Leaving Certificate Examination (including Day School Certificate (Higher) General paper), 1929
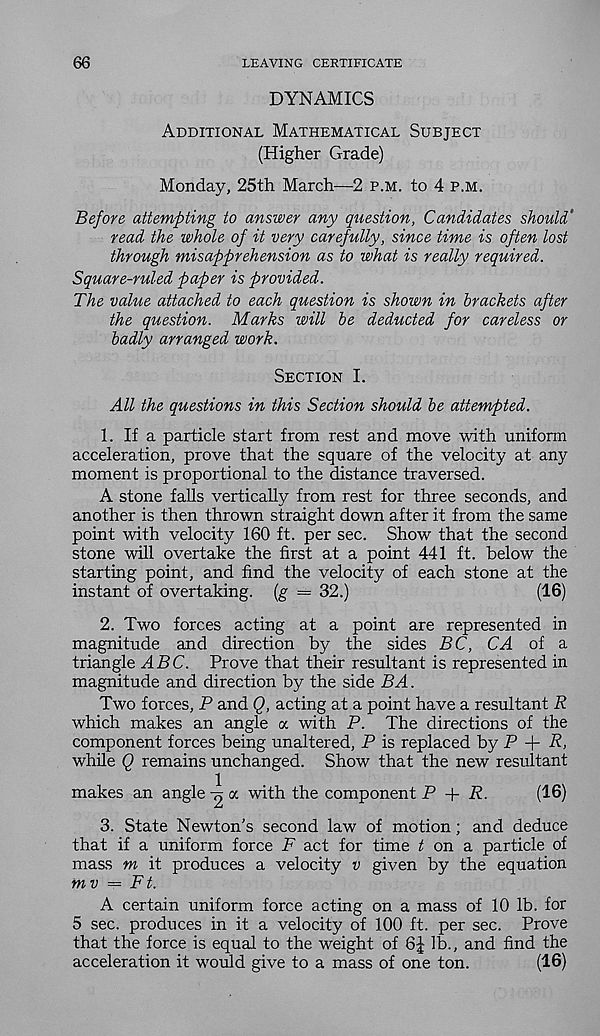
66
LEAVING CERTIFICATE
DYNAMICS
Additional Mathematical Subject
(Higher Grade)
Monday, 25th March—2 p.m. to 4 p.m.
Before attempting to answer any question, Candidates should’
read the whole of it very carefully, since time is often lost
through misapprehension as to what is really required.
Square-ruled paper is provided.
The value attached to each question is shown in brackets after
the question. Marks will be deducted for careless or
badly arranged work.
Section I.
All the questions in this Section should be attempted.
1. If a particle start from rest and move with uniform
acceleration, prove that the square of the velocity at any
moment is proportional to the distance traversed.
A stone falls vertically from rest for three seconds, and
another is then thrown straight down after it from the same
point with velocity 160 ft. per sec. Show that the second
stone will overtake the first at a point 441 ft. below the
starting point, and find the velocity of each stone at the
instant of overtaking, {g = 32.)
(16)
2. Two forces acting at a point are represented in
magnitude and direction by the sides BC, CA of a
triangle ABC. Prove that their resultant is represented in
magnitude and direction by the side BA.
Two forces, P and Q, acting at a point have a resultant R
which makes an angle a with P. The directions of the
component forces being unaltered, P is replaced by P + R,
while Q remains unchanged. Show that the new resultant
makes an angle a with the component P + P.
(16)
3. State Newton's second law of motion; and deduce
that if a uniform force F act for time t on a particle of
mass m it produces a velocity v given by the equation
mv = Ft.
A certain uniform force acting on a mass of 10 lb. for
5 sec. produces in it a velocity of 100 ft. per sec. Prove
that the force is equal to the weight of 6J lb., and find the
acceleration it would give to a mass of one ton.
(16)